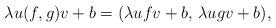
LaTeX: \begin{align*}\lambda u(f,g)v + b = (\lambda ufv + b,\, \lambda ugv + b),\end{align*}